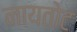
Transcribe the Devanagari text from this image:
नायतोट